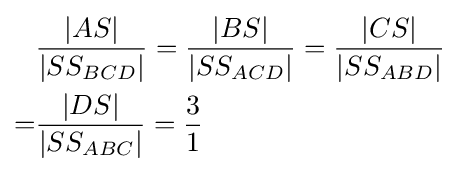
{\begin{aligned}&{\frac {|AS|}{|SS_{BCD}|}}={\frac {|BS|}{|SS_{ACD}|}}={\frac {|CS|}{|SS_{ABD}|}}\\=&{\frac {|DS|}{|SS_{ABC}|}}={\frac {3}{1}}\end{aligned}}